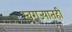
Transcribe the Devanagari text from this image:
स्वराज्यातही